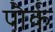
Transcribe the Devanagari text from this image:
पौर्क